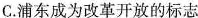
C.浦东成为改革开放的标志